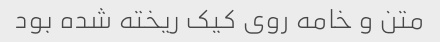
متن و خامه روی کیک ریخته شده بود